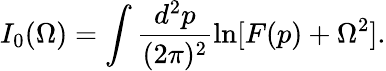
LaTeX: I_{0}(\Omega)=\int\frac{d^{2}p}{(2\pi)^{2}}\ln[F(p)+\Omega^{2}].